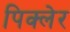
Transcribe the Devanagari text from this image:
पिक्लेर